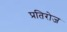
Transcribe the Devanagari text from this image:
प्रतिरोज